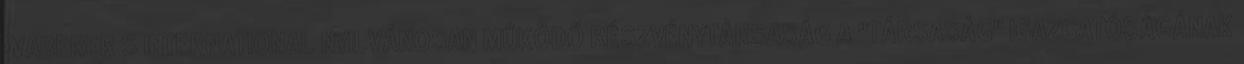
WABERER S INTERNATIONAL NYILVÁNOSAN MŰKÖDŐ RÉSZVÉNYTÁRSASÁG A "TÁRSASÁG" IGAZGATÓSÁGÁNAK